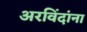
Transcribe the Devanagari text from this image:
अरविंदांना